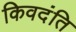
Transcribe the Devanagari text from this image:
किवदंति